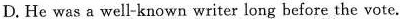
D.He was a well-known writer long before the vote.